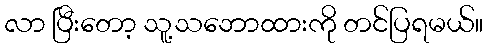
လာ ပြီးတော့ သူ့သဘောထားကို တင်ပြရမယ်။